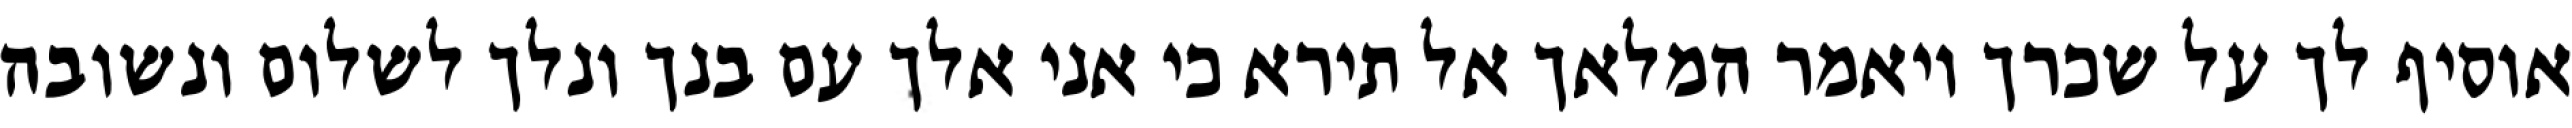
אוסיף לך על שכרך ויאמר המלאך אל תירא כי אני אלך עם בנך ונלך לשלום ונשובה